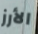
الأرز